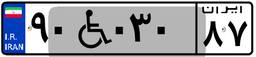
۹۰W۰۳۰۸۷